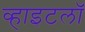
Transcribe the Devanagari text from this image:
व्हाइटलॉ